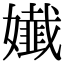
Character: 𡣳